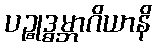
ပဉ္စုဒ္ဓမ္ဘာဂိယာနိ